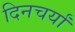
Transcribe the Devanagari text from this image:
दिनचर्यां